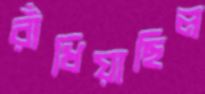
রাঁধিয়াছিল